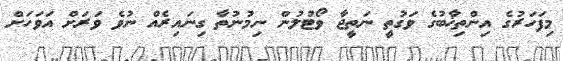
މިފަހަރުގެ އިންތިޚާބުގެ ވަގުތީ ނަތީޖާ ވޯޓުލުން ނިމުނުތާ ގިނައިރެއް ނުވެ ވަރަށް އަވަހަށް